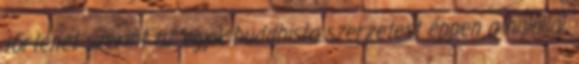
történet szerint az egyik buddhista szerzetest éppen a halállal,